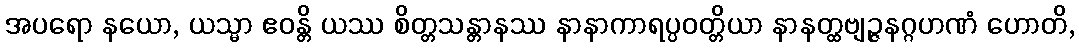
အပရော နယော, ယသ္မာ ဧဝန္တိ ယဿ စိတ္တသန္တာနဿ နာနာကာရပ္ပဝတ္တိယာ နာနတ္ထဗျဉ္ဇနဂ္ဂဟဏံ ဟောတိ,